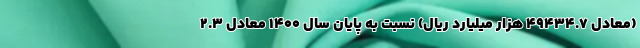
(معادل ۴۹۴۳۴.۷ هزار میلیارد ریال) نسبت به پایان سال ۱۴۰۰ معادل ۲.۳